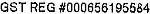
GST REG #000656195584